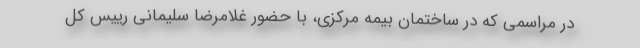
در مراسمی که در ساختمان بیمه مرکزی، با حضور غلامرضا سلیمانی رییس کل